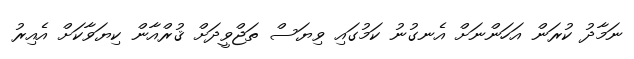
ނަމާދު ކުރަން އަހަންނަށް އެނގުނު ކަމުގައި ވިޔަސް ތަޖްވީދަށް ޤުރްއާން ކިޔަވާކަށް އެއިރު